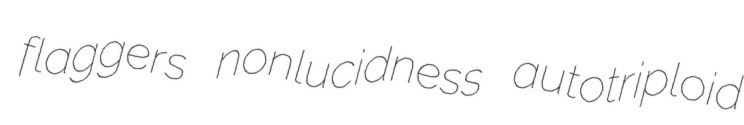
flaggers nonlucidness autotriploid